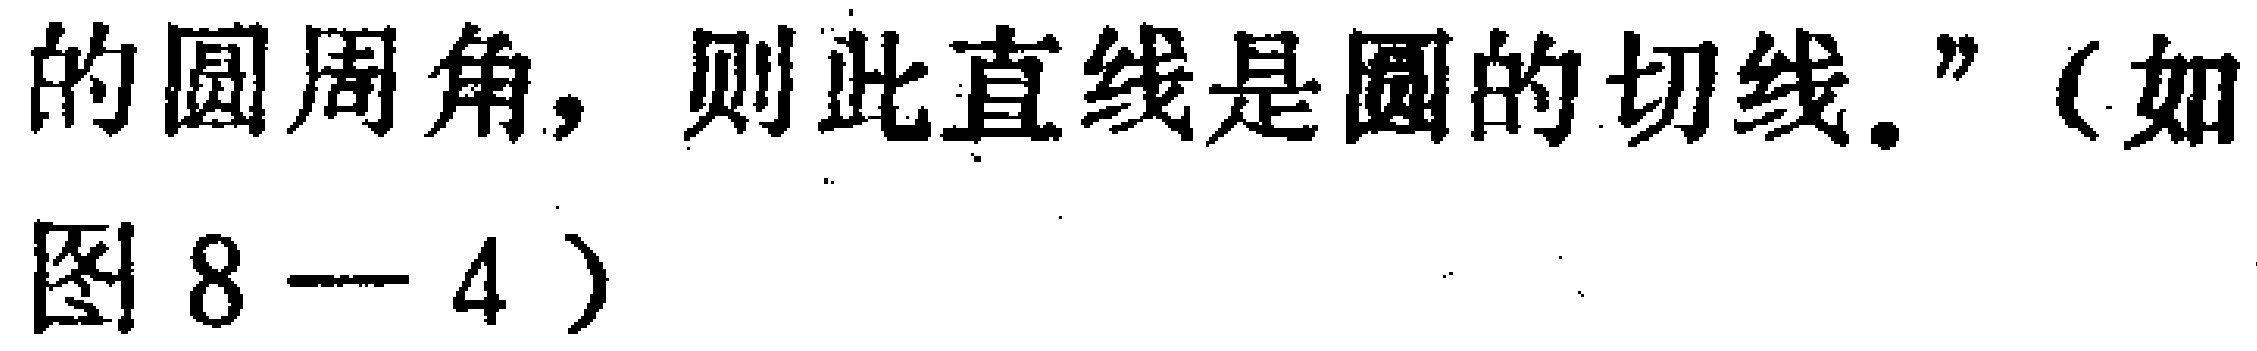
的圆周角，则此直线是圆的切线."（如图8 - 4）